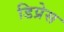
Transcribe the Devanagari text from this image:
डिप्रेस